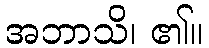
အဘာသိ၊ ၏။